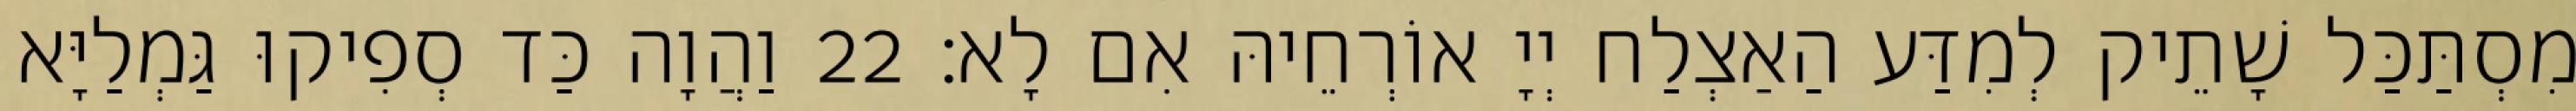
מִסְתַּכַּל שָׁתֵיק לְמִדַּע הַאַצְלַח יְיָ אוֹרְחֵיהּ אִם לָא׃ 22 וַהֲוָה כַּד סְפִיקוּ גַּמְלַיָּא